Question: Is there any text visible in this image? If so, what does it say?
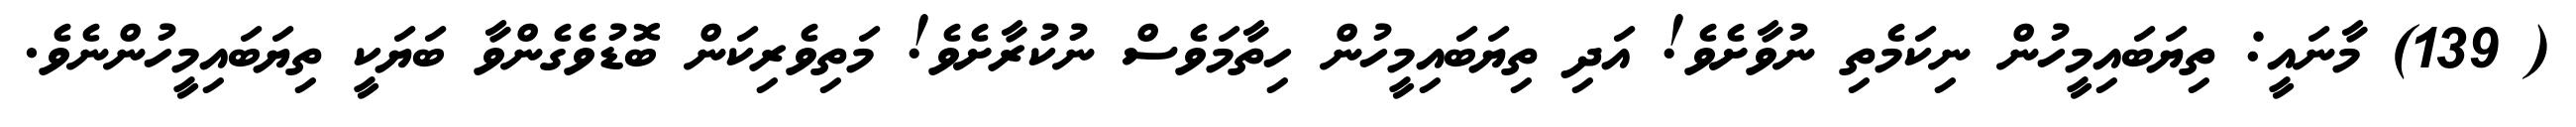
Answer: ( 139) މާނައީ: ތިޔަބައިމީހުން ނިކަމެތި ނުވާށެވެ! އަދި ތިޔަބައިމީހުން ހިތާމަވެސް ނުކުރާށެވެ! މަތިވެރިކަން ބޮޑުވެގެންވާ ބަޔަކީ ތިޔަބައިމީހުންނެވެ.